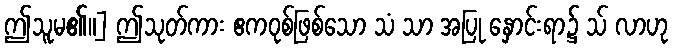
ဤသူမ၏။] ဤသုတ်ကား ဧကဝုစ်ဖြစ်သော သံ သာ အပြု နှောင်းရာ၌ သ် လာဟု